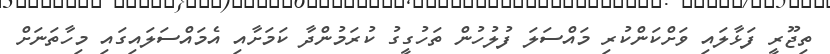
ތިޖޫރީ ފަޅާލައި ވަށްކަންކުރި މައްސަލަ ފުލުހުން ތަހުގީގު ކުރަމުންދާ ކަމަށާއި އެމައްސަލައިގައި މިހާތަނަށް